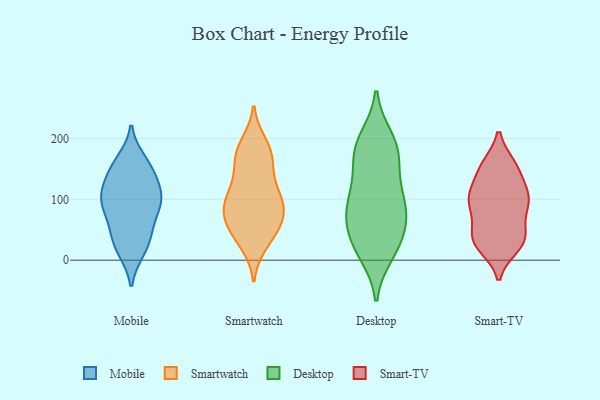
{"axis": {"x": "Backlog", "y": "Value"}, "legend": ["Desktop", "Mobile", "Smart-TV", "Smartwatch"], "data": [{"x": "", "y": 103, "type": "Mobile"}, {"x": "", "y": 86, "type": "Mobile"}, {"x": "", "y": 163, "type": "Mobile"}, {"x": "", "y": 16, "type": "Mobile"}, {"x": "", "y": 106, "type": "Mobile"}, {"x": "", "y": 155, "type": "Mobile"}, {"x": "", "y": 118, "type": "Mobile"}, {"x": "", "y": 91, "type": "Mobile"}, {"x": "", "y": 142, "type": "Mobile"}, {"x": "", "y": 150, "type": "Mobile"}, {"x": "", "y": 57, "type": "Mobile"}, {"x": "", "y": 17, "type": "Mobile"}, {"x": "", "y": 44, "type": "Mobile"}, {"x": "", "y": 37, "type": "Mobile"}, {"x": "", "y": 109, "type": "Mobile"}, {"x": "", "y": 87, "type": "Mobile"}, {"x": "", "y": 166, "type": "Smartwatch"}, {"x": "", "y": 187, "type": "Smartwatch"}, {"x": "", "y": 146, "type": "Smartwatch"}, {"x": "", "y": 127, "type": "Smartwatch"}, {"x": "", "y": 64, "type": "Smartwatch"}, {"x": "", "y": 168, "type": "Smartwatch"}, {"x": "", "y": 100, "type": "Smartwatch"}, {"x": "", "y": 26, "type": "Smartwatch"}, {"x": "", "y": 59, "type": "Smartwatch"}, {"x": "", "y": 98, "type": "Smartwatch"}, {"x": "", "y": 107, "type": "Smartwatch"}, {"x": "", "y": 98, "type": "Smartwatch"}, {"x": "", "y": 173, "type": "Smartwatch"}, {"x": "", "y": 60, "type": "Smartwatch"}, {"x": "", "y": 29, "type": "Smartwatch"}, {"x": "", "y": 51, "type": "Smartwatch"}, {"x": "", "y": 64, "type": "Smartwatch"}, {"x": "", "y": 93, "type": "Smartwatch"}, {"x": "", "y": 192, "type": "Smartwatch"}, {"x": "", "y": 86, "type": "Smartwatch"}, {"x": "", "y": 92, "type": "Desktop"}, {"x": "", "y": 82, "type": "Desktop"}, {"x": "", "y": 12, "type": "Desktop"}, {"x": "", "y": 27, "type": "Desktop"}, {"x": "", "y": 172, "type": "Desktop"}, {"x": "", "y": 31, "type": "Desktop"}, {"x": "", "y": 64, "type": "Desktop"}, {"x": "", "y": 109, "type": "Desktop"}, {"x": "", "y": 164, "type": "Desktop"}, {"x": "", "y": 187, "type": "Desktop"}, {"x": "", "y": 199, "type": "Desktop"}, {"x": "", "y": 72, "type": "Desktop"}, {"x": "", "y": 85, "type": "Desktop"}, {"x": "", "y": 23, "type": "Desktop"}, {"x": "", "y": 130, "type": "Desktop"}, {"x": "", "y": 188, "type": "Desktop"}, {"x": "", "y": 30, "type": "Smart-TV"}, {"x": "", "y": 98, "type": "Smart-TV"}, {"x": "", "y": 116, "type": "Smart-TV"}, {"x": "", "y": 34, "type": "Smart-TV"}, {"x": "", "y": 155, "type": "Smart-TV"}, {"x": "", "y": 97, "type": "Smart-TV"}, {"x": "", "y": 108, "type": "Smart-TV"}, {"x": "", "y": 23, "type": "Smart-TV"}, {"x": "", "y": 106, "type": "Smart-TV"}, {"x": "", "y": 151, "type": "Smart-TV"}, {"x": "", "y": 80, "type": "Smart-TV"}, {"x": "", "y": 34, "type": "Smart-TV"}, {"x": "", "y": 26, "type": "Smart-TV"}, {"x": "", "y": 43, "type": "Smart-TV"}, {"x": "", "y": 48, "type": "Smart-TV"}, {"x": "", "y": 155, "type": "Smart-TV"}, {"x": "", "y": 151, "type": "Smart-TV"}, {"x": "", "y": 101, "type": "Smart-TV"}, {"x": "", "y": 86, "type": "Smart-TV"}]}